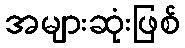
အများဆုံးဖြစ်